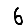
Digit: 6